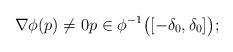
LaTeX: \begin{align*}\nabla \phi(p) \not=0 p \in \phi^{-1}\big([-\delta_0,\delta_0]\big);\end{align*}